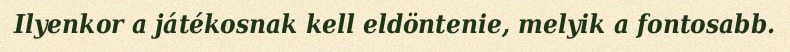
Ilyenkor a játékosnak kell eldöntenie, melyik a fontosabb.